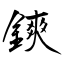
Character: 鏯